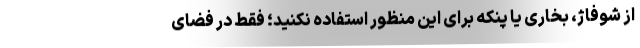
از شوفاژ، بخاری یا پنکه برای این منظور استفاده نکنید؛ فقط در فضای